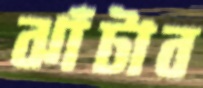
ঝাঁটাব